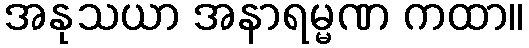
အနုသယာ အနာရမ္မဏ ကထာ။